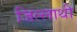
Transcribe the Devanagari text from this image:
जिल्लाथी